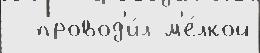
  провод'и́л м'е́лкой